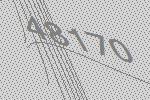
48170